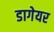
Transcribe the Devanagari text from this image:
डागेयर